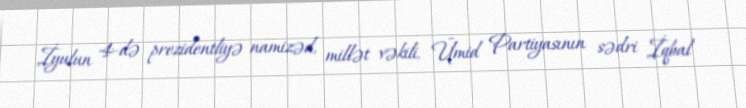
İyulun 4-də prezidentliyə namizəd, millət vəkili, Ümid Partiyasının sədri İqbal